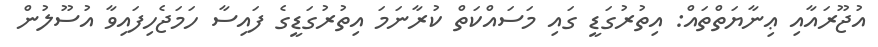
އުޖޫރައާއި ޢިނާޔަތްތައް: އިތުރުގަޑީ ގައި މަސައްކަތް ކުރާނަމަ އިތުރުގަޑީގެ ފައިސާ ހަމަޖެހިފައިވާ އުސޫލުން